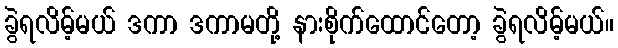
ခွဲရလိမ့်မယ် ဒကာ ဒကာမတို့ နားစိုက်ထောင်တော့ ခွဲရလိမ့်မယ်။